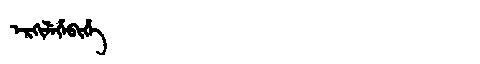
Manchu: ᡝᡵᡴᡳᠯᡝᡥᡝᠪᡳᡥᡝ
Romanization: ERKILEHEBIHE